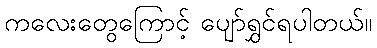
ကလေးတွေကြောင့် ပျော်ရွှင်ရပါတယ်။